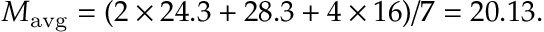
M _ { \mathrm { a v g } } = ( 2 \times 2 4 . 3 + 2 8 . 3 + 4 \times 1 6 ) / 7 = 2 0 . 1 3 .